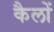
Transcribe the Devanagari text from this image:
कैलों